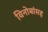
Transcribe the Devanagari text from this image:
विनोबांसह